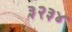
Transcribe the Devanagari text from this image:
३२३४